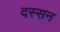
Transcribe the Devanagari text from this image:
दस्सन